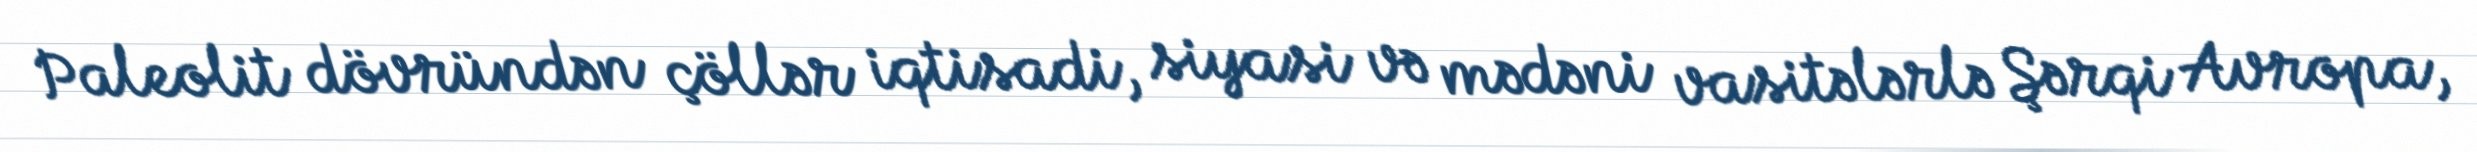
Paleolit dövründən çöllər iqtisadi, siyasi və mədəni vasitələrlə Şərqi Avropa,